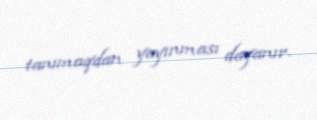
tanımaqdan yayınması dayanır.